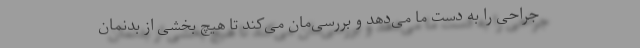
جراحی را به دست ما می‌دهد و بررسی‌مان می‌کند تا هیچ بخشی از بدنمان